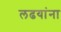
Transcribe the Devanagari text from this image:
लढयांना